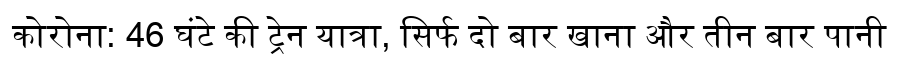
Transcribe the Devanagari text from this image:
कोरोना: 46 घंटे की ट्रेन यात्रा, सिर्फ दो बार खाना और तीन बार पानी